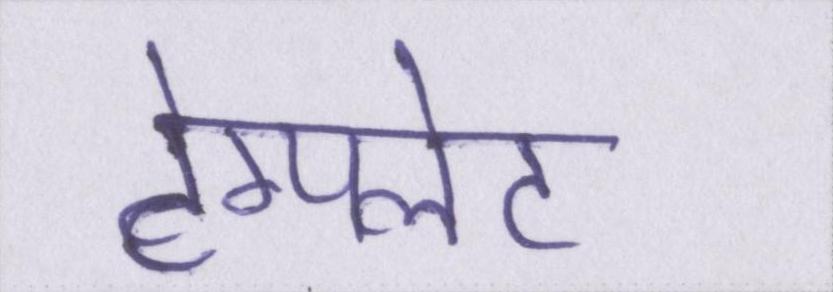
टेम्पलेट